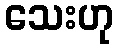
သေးဟု